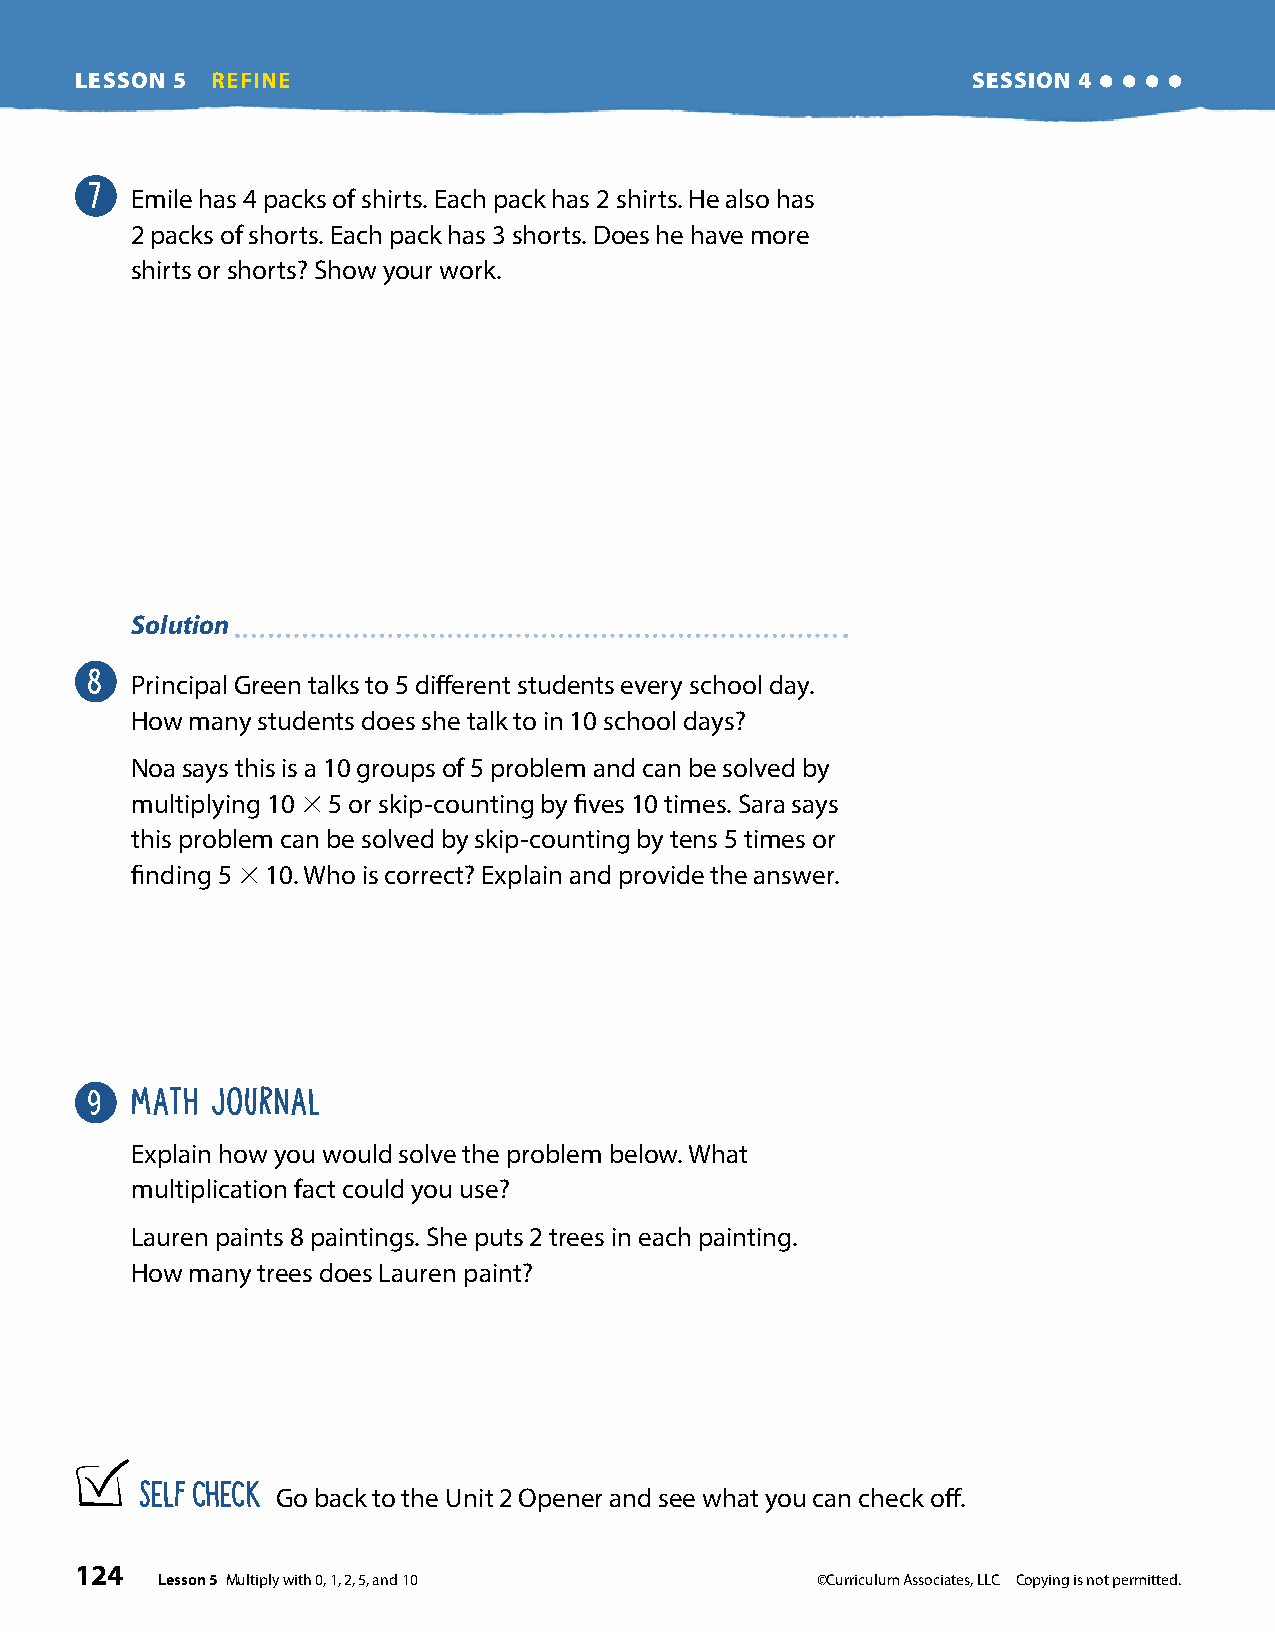
LESSON 5 REFINE                                            SESSION 4
 7
 Emile has 4 packs of shirts. Each pack has 2 shirts. He also has
 2 packs of shorts. Each pack has 3 shorts. Does he have more
 shirts or shorts? Show your work.
 Solution
 8
 Principal Green talks to 5 different students every school day.
 How many students does she talk to in 10 school days?
 Noa says this is a 10 groups of 5 problem and can be solved by
 multiplying 10 3 5 or skip-counting by fives 10 times. Sara says
 this problem can be solved by skip-counting by tens 5 times or
 finding 5 3 10. Who is correct? Explain and provide the answer.
 9  MATH JOURNAL
 Explain how you would solve the problem below. What
 multiplication fact could you use?
 Lauren paints 8 paintings. She puts 2 trees in each painting.
 How many trees does Lauren paint?
 SELF CHECK
 Go back to the Unit 2 Opener and see what you can check off.
 124
 Lesson 5 Multiply with 0, 1, 2, 5, and 10   ©Curriculum Associates, LLC Copying is not permitted.